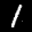
Label: 1